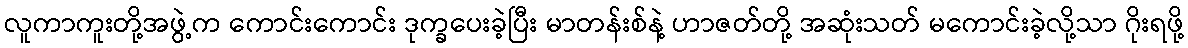
လူကာကူးတို့အဖွဲ့က ကောင်းကောင်း ဒုက္ခပေးခဲ့ပြီး မာတန်းစ်နဲ့ ဟာဇတ်တို့ အဆုံးသတ် မကောင်းခဲ့လို့သာ ဂိုးရဖို့